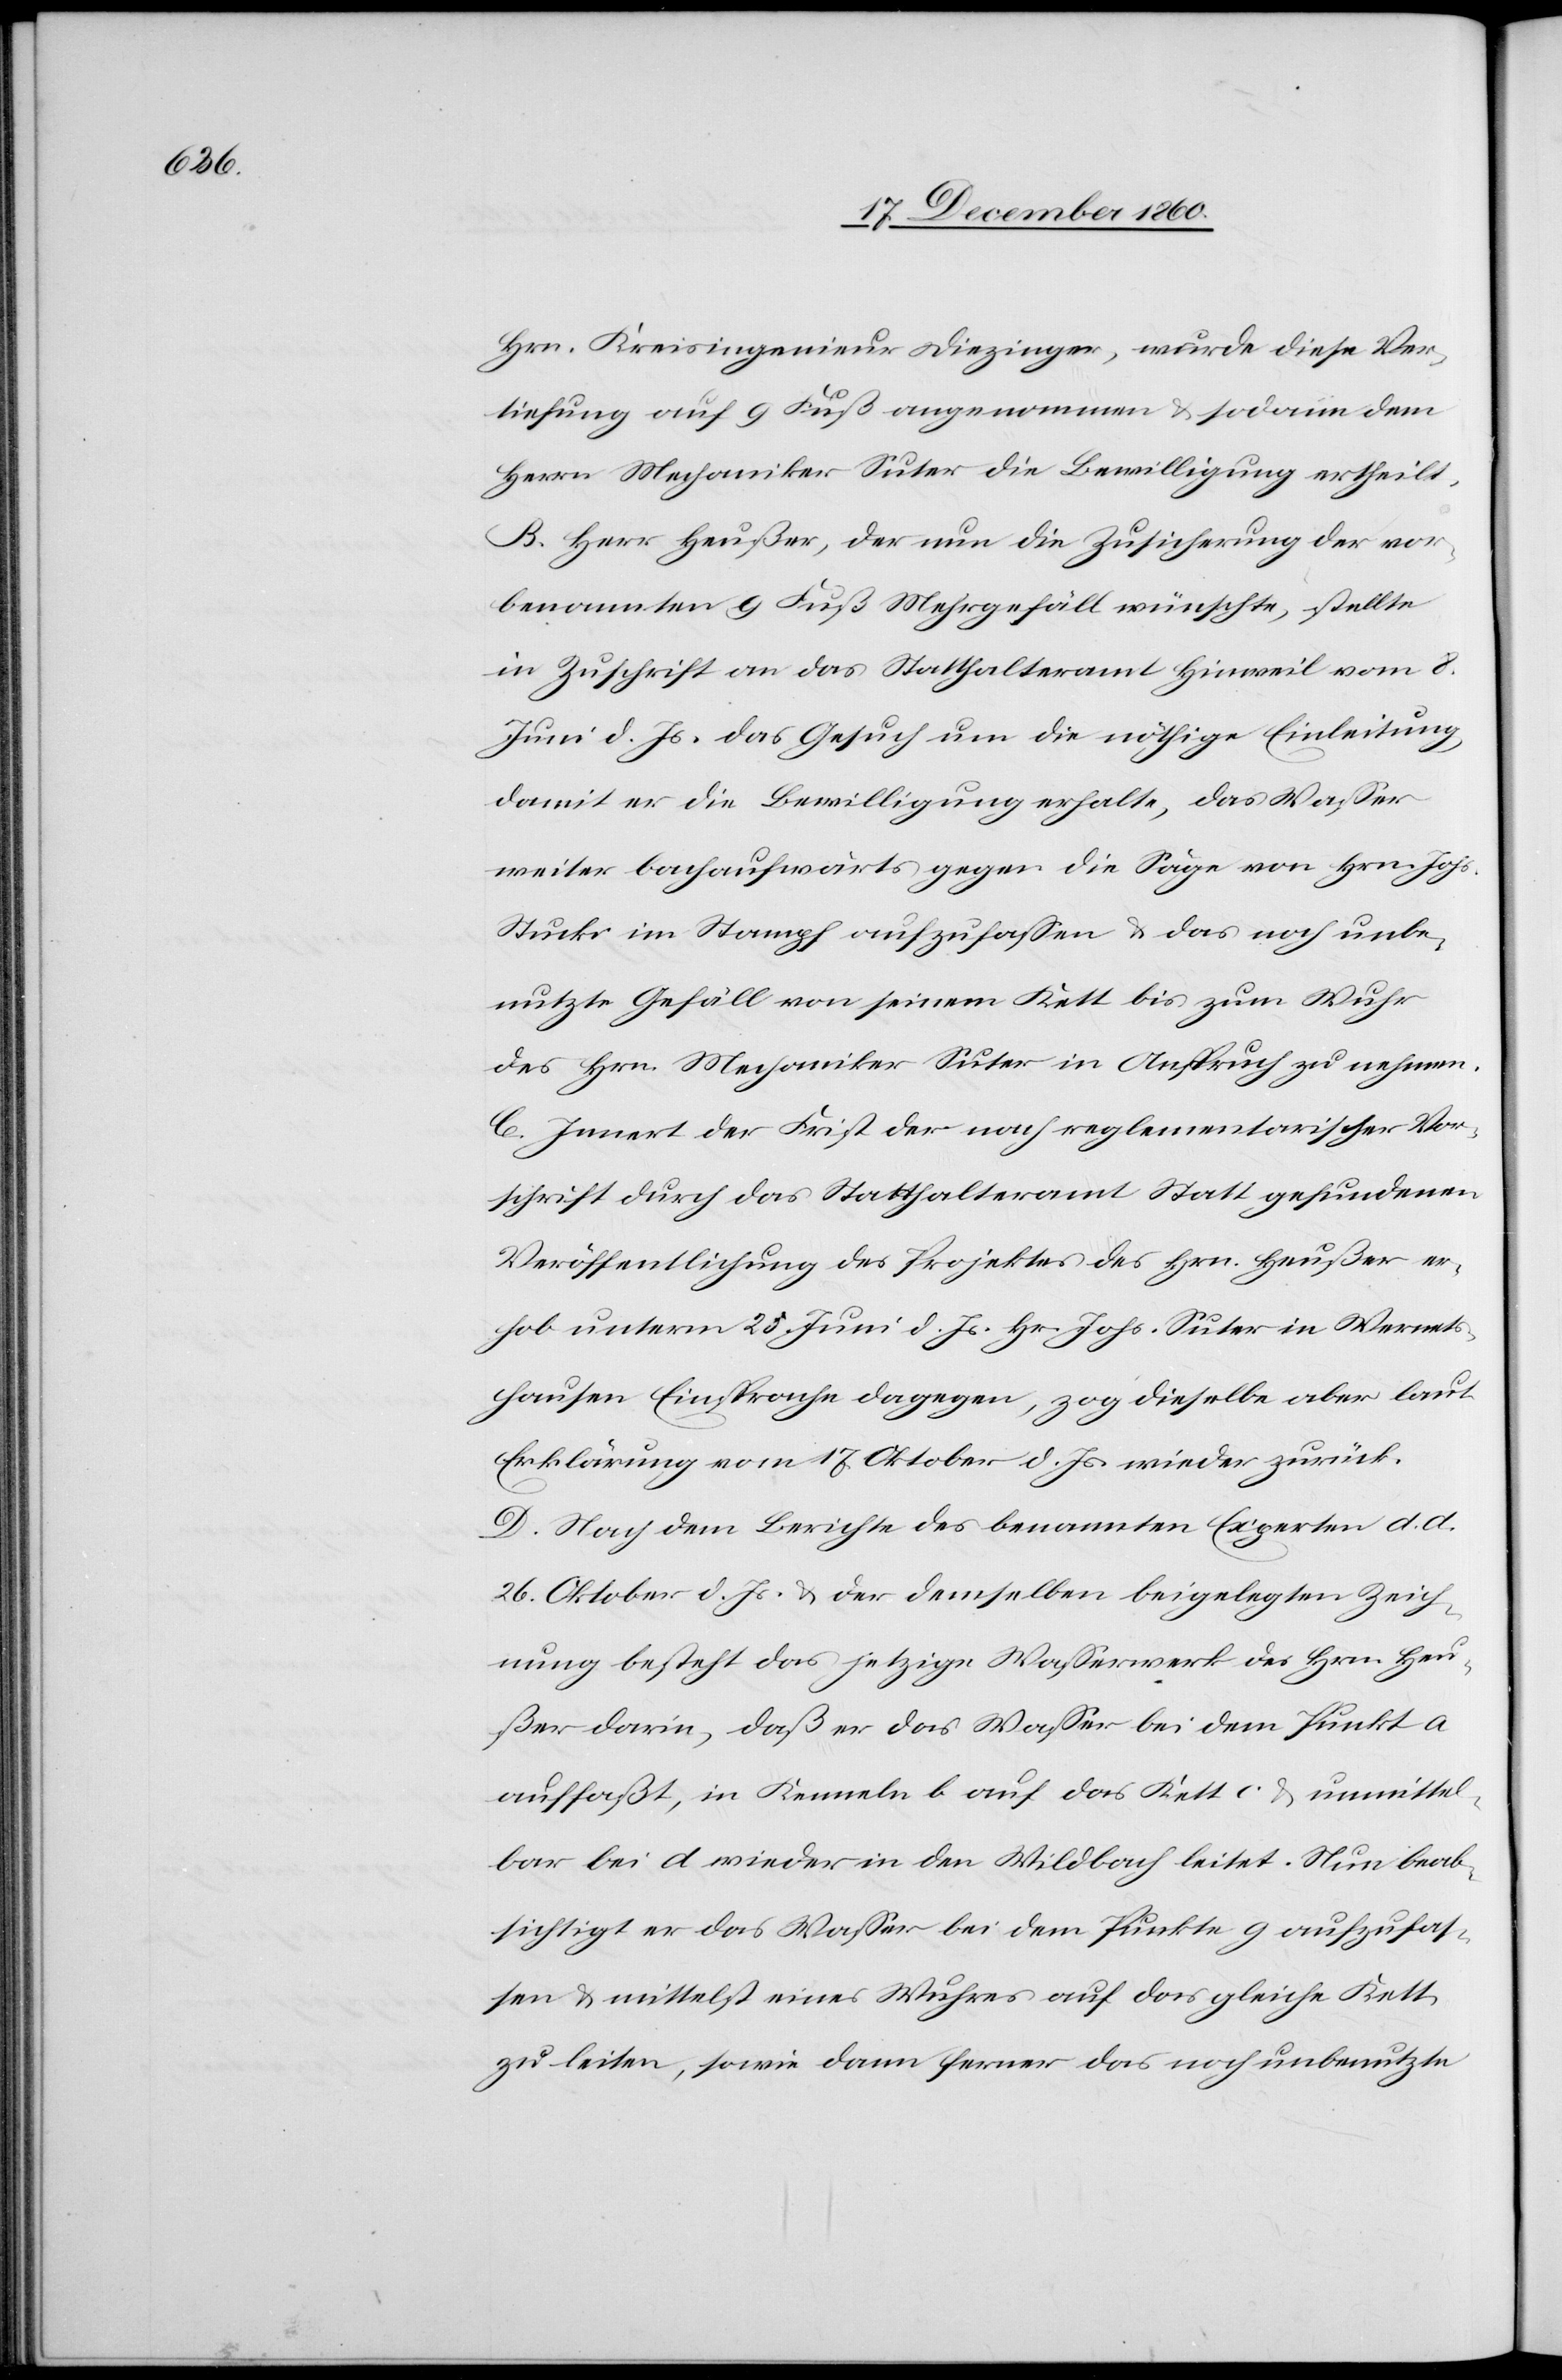
Hrn. Kreisingenieur Diezinger, wurde diese Ver¬
tiefung auf 9 Fuß angenommen, sodann dem
Herrn Mechaniker Suter die Bewilligung ertheilt.
B. Herr Heußer, der nun die Zusicherung der vor¬
benannten 9 Fuß Mehrgefäll wünschte, stellte
in Zuschrift an das Statthalteramt Hinweil vom 8.
Juni d. Js. das Gesuch um die nöthige Einleitung,
damit er die Bewilligung erhalte, das Wasser
weiter bachaufwärts gegen die Säge von Hrn. Johs.
Stucke im Stampf aufzufassen u. das noch unbe¬
nutzte Gefäll von seinem Kett bis zum Wuhr
des Hrn. Mechaniker Suter in Anspruch zu nehmen.
C. Innert der Frist der nach reglementarischer Vor¬
schrift durch das Statthalteramt Statt gefundenen
Veröffentlichung des Projektes des Hrn. Heußer er¬
hob unterm 23. Juni d. Js. Hr. Johs. Suter in Wernets¬
hausen Einsprache dagegen, zog dieselbe aber laut
Erklärung vom 17. Oktober d. Js. wieder zurück.
D. Nach dem Berichte des benannten Experten d. d.
26. Oktober d. Js. u. der demselben beigelegten Zeich¬
nung besteht das jetzige Wasserwerk des Hrn. Heu¬
ßer darin, daß er das Wasser bei dem Punkt a
auffaßt, in Kenneln b auf das Kett c u. unmittel¬
bar bei d wieder in den Wildbach leitet. Nun beab¬
sichtigt er das Wasser bei dem Punkte g aufzufas¬
sen u. mittelst eines Wuhres auf das gleiche Kett
zu leiten, sowie dann ferner das noch unbenutzte